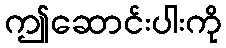
ဤဆောင်းပါးကို